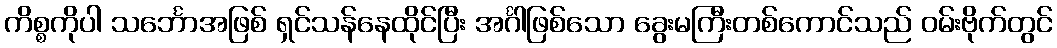
ကိစ္စကိုပါ သင်္ဘောအဖြစ် ရှင်သန်နေထိုင်ပြီး အင်္ဂါဖြစ်သော ခွေးမကြီးတစ်ကောင်သည် ဝမ်းဗိုက်တွင်